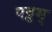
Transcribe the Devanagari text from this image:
पट्टम्